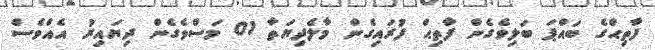
ފާތިޙްގެ ބައްޕަ ބަލިވެގެން ފާތިޙް ފުރައިގެން މާލެދިޔަތާ 01 މަސްވެގެން ދިޔައިރު އެއްވެސް